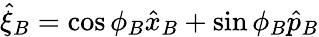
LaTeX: \hat{\xi}_{B}=\cos\phi_{B}\hat{x}_{B}+\sin\phi_{B}\hat{p}_{B}